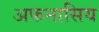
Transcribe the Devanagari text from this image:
अफनासिय